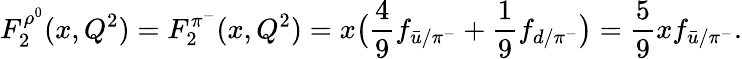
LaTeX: F_{2}^{\rho^{0}}(x,Q^{2})=F_{2}^{\pi^{-}}(x,Q^{2})=x\big({\frac{4}{9}}f_{{\bar{u}}/\pi^{-}}+{\frac{1}{9}}f_{d/\pi^{-}}\big)={\frac{5}{9}}xf_{{\bar{u}}/\pi^{-}}.